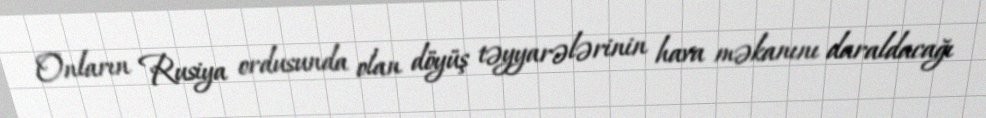
Onların Rusiya ordusunda olan döyüş təyyarələrinin hava məkanını daraldacağı